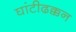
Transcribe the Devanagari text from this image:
घांटीढक्कन